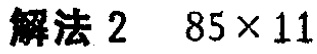
解法 2  \(85\times 11\)